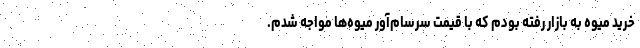
خرید میوه به بازار رفته بودم که با قیمت سرسام‌آور میوه‌ها مواجه شدم.